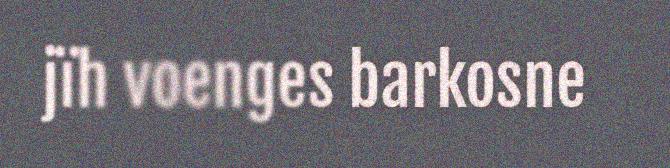
jïh voenges barkosne